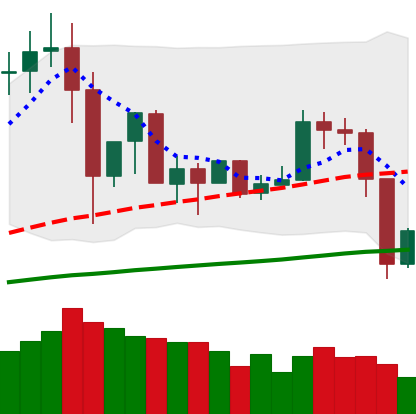
Ticker: TRX-USD
Chart end date: 2019-07-12
Forward return: -22.703%
Label: down_7plus